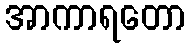
အာကာရတော